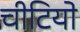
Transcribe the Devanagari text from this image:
चीटियो